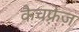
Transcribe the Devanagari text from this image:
कैचफ़्रेज़